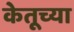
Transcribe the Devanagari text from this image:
केतूच्या